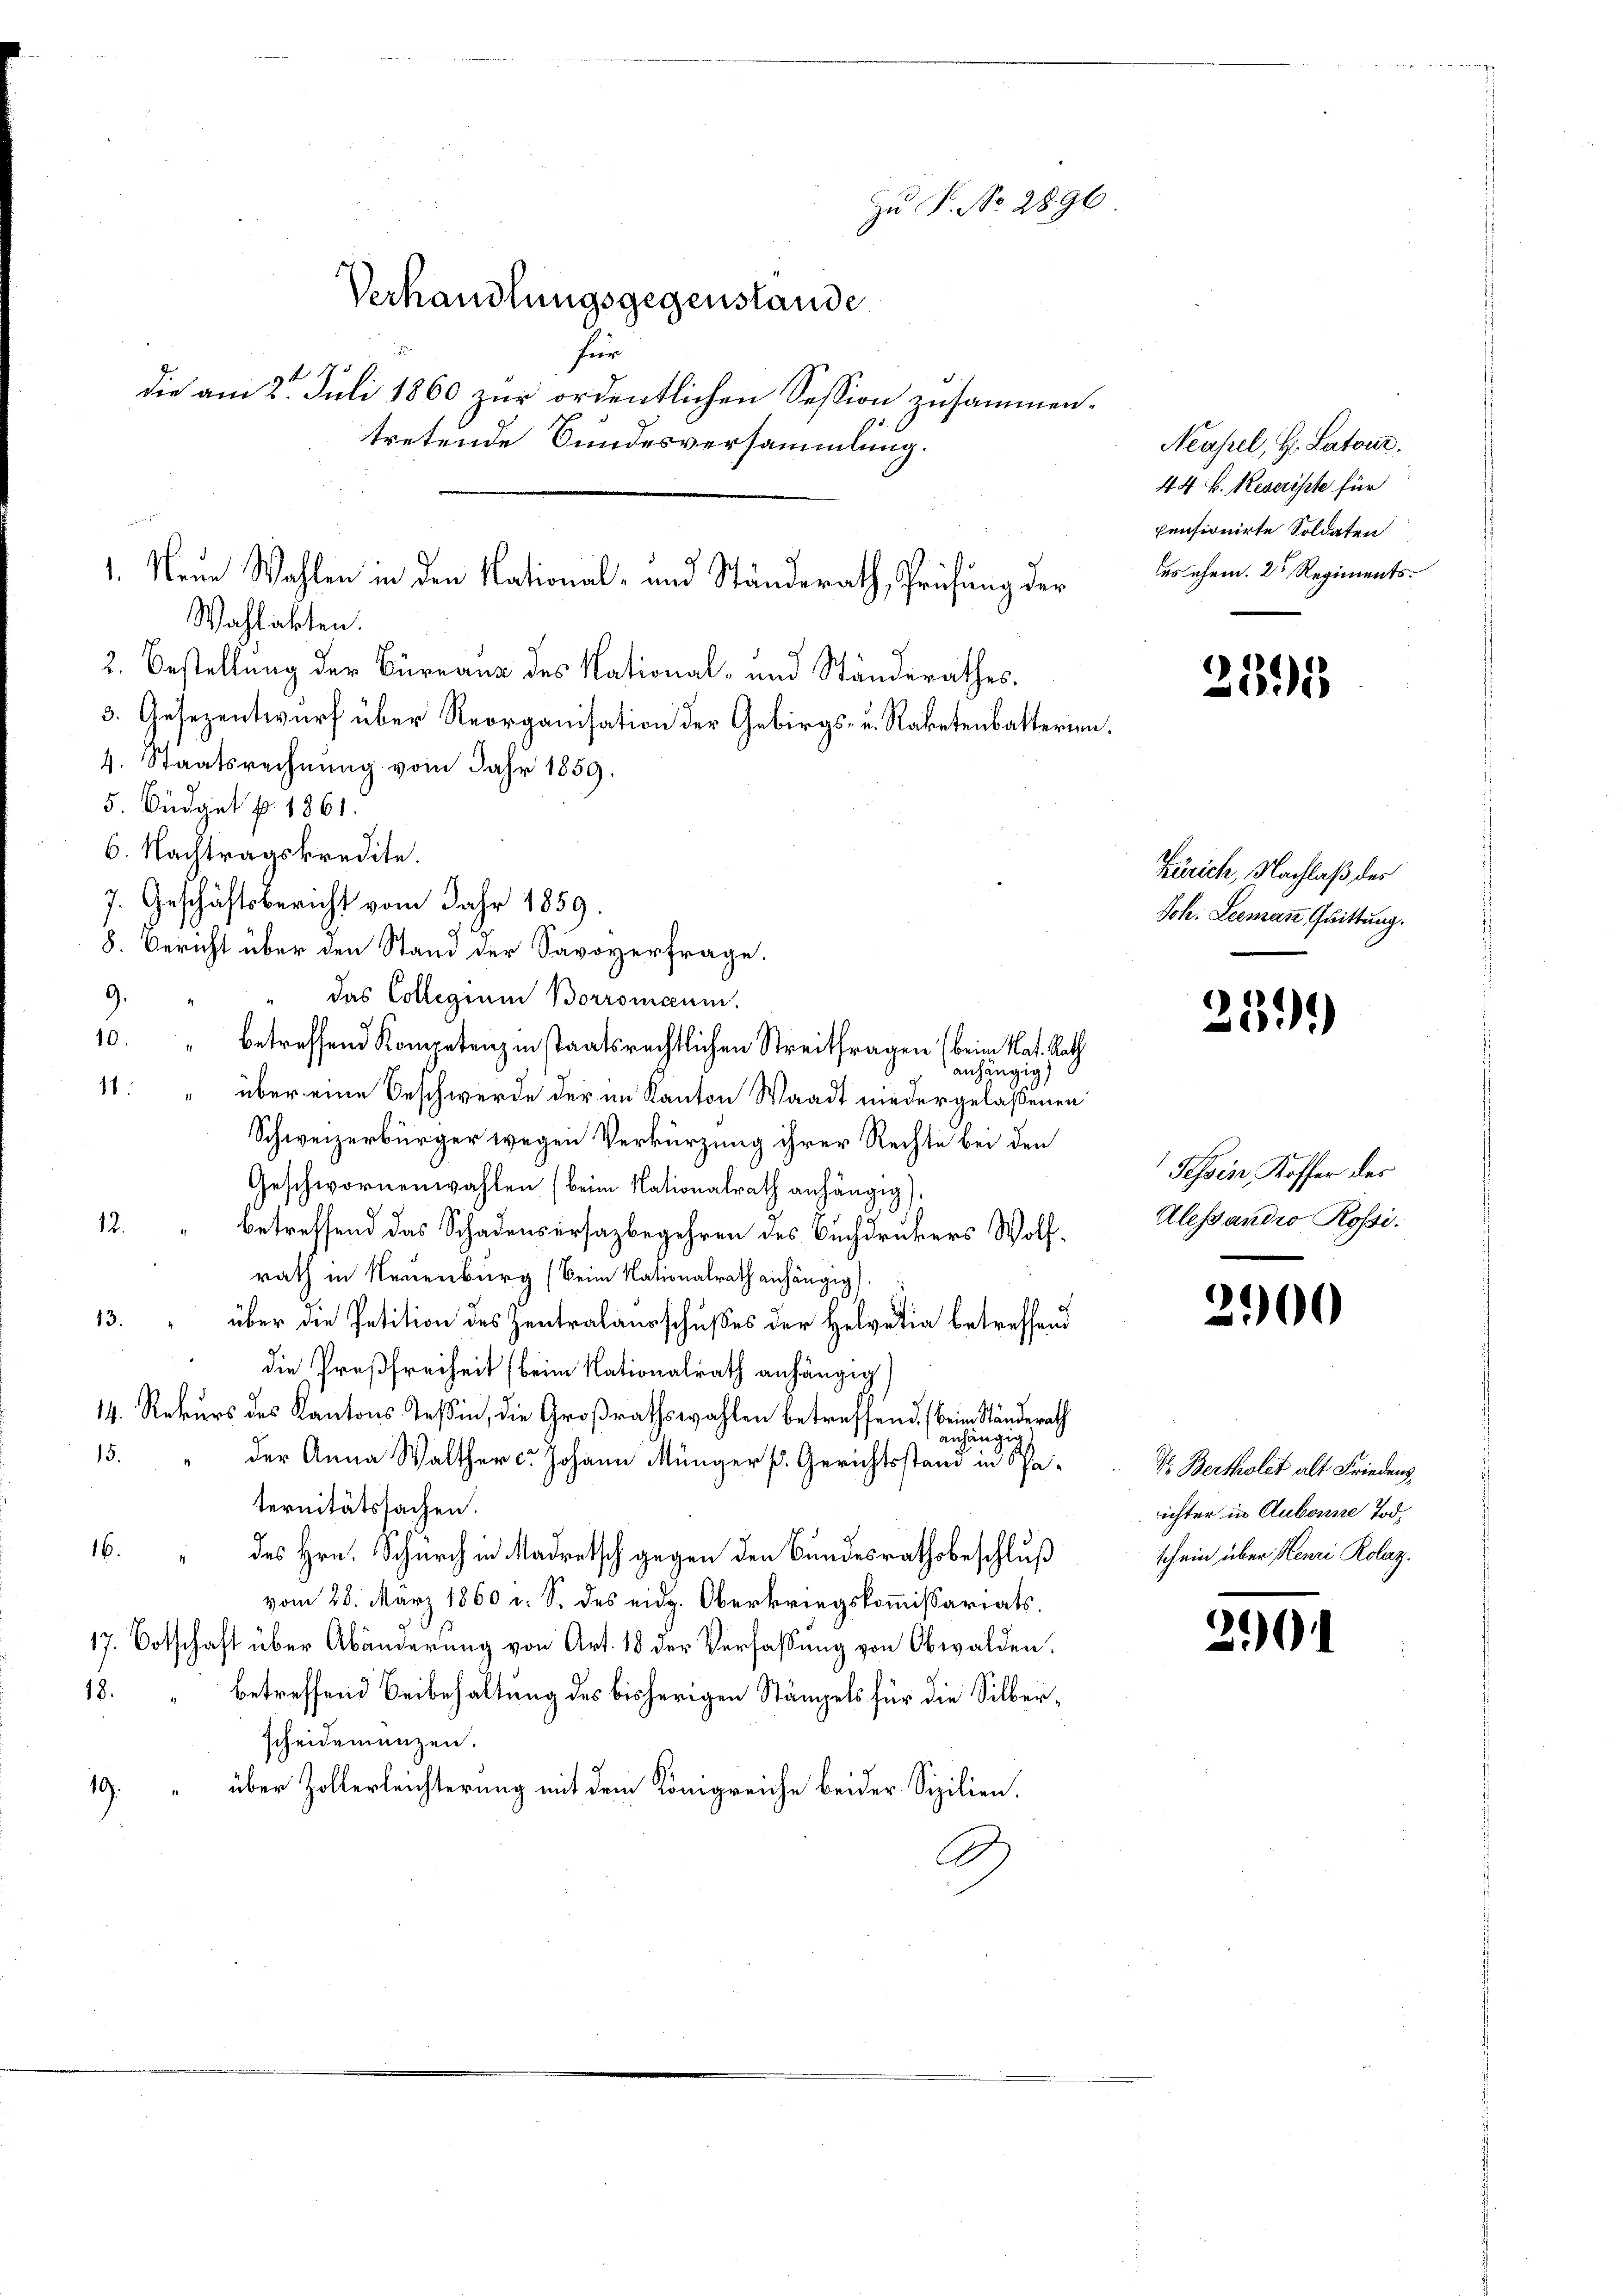
6. Nachtragskredite.
7. Geschäftsbericht vom Jahr 1859.
8. Bericht über den Stand der Savoyerfrage.
9
das Collegium Borromann.
10.
" betreffend Kompetenz in staatsrechtlichen Streitfragen (beim Nat. Rath
anhängig
11.
über eine Beschwerde der im Kanton Waadt niedergelaßenen
Schweizerbürger wegen Verkürzung ihrer Rechte bei den
Geschwornenwahlen (beim Nationalrath anhängig),
12. " betreffend das Schadensersagbegehren des Buchdruckers Wolf-
rath in Neuenburg (Beim Nationalrath anhängig
13.
über die Petition des Zentralausschußes der Helvetia betreffend
die Preßfreiheit (beim Nationalrath anhängig
14. Rekurs des Kantons Tessin, die Großrathswahlen betreffend, beim Ständerath
anhängig
15.
der Anna Walther c. Johann Münger p. Gerichtsstand in Paternitätssachen.
6. " des Hrn. Schurch in Madretsch gegen den Bundesrathsbeschluß
vom 28. März 1860 u. S. des eidg. Oberkriegskommissariats¬
17. Botschaft über Abänderung von Art. 18 der Verfassung von Obwalden.
18.
betreffend Beibehaltung des bisherigen Stämpels für die Silberscheidenenzen.
19 “ über Zollerleichterung mit dem Königreiche beider Sizilien.
D.

1. Neue Wahlen in den National- und Ständerath, Prüfung der
Wahlakten.
2. Bestellung der Büreaus des National- und Ständerathes.
3. Gesezentwurf über Reorganisation der Gebirgs- u. Raketenbatterien.
4. Staatsrechnung vom Jahr 1859.
5. Büdget p. 1861.

zu P. Nr. 2896
Verhandlungsgegenstande
für
die am 2. Juli 1860 zur ordentlichen Session zusammentretende Bundesversammlung.

Neusel, H. Latour.
44 f. Reserisste für
pensionirte Soldaten
es ehem. 2 Regiments

2595

Zürich, Nachlaß des
Joh. Leemann, Quittung.

¬
39.)

Tessin, Koffer des
Alessandio Rossi.

2900

21)

V. Bertholet alt Friedens
ichter in Aubonne Tod.
schein über Henri Rolaz,